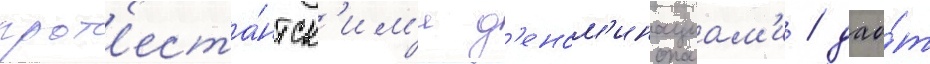
прот'еста́нтск'им'и д'еном'инациам'и / дао́т